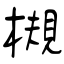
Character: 槻